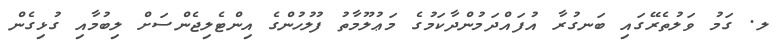
ލ. ގަމު ވަލުތެރޭގައި ބަނގުރާ އުފައްދަމުންދާކަމުގެ މަޢުލޫމާތު ފުލުހުންގެ އިންޓެލިޖެންސަށް ލިބުމާއި ގުޅިގެން